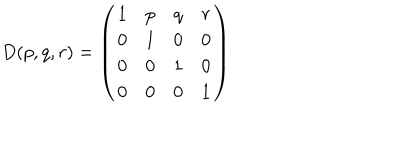
LaTeX: D ( p , q , r ) = \left( \begin{array} { c c c c } { { 1 } } & { { p } } & { { q } } & { { r } } \\ { { 0 } } & { { 1 } } & { { 0 } } & { { 0 } } \\ { { 0 } } & { { 0 } } & { { 1 } } & { { 0 } } \\ { { 0 } } & { { 0 } } & { { 0 } } & { { 1 } } \\ \end{array} \right)